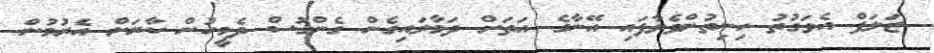
ޒަލަފް އެވަގުތު ހިނިތުންވެލާފައި އޭނާގެ އަތަށް ދަމާލައިގެން ގެންގޮސް ދެމީހުން ކާރަށް އެރުމުން